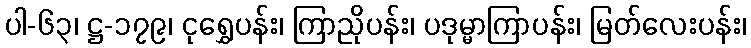
ပါ-၆၃၊ ဋ္ဌ-၁၇၉၊ ငုရွှေပန်း၊ ကြာညိုပန်း၊ ပဒုမ္မာကြာပန်း၊ မြတ်လေးပန်း၊